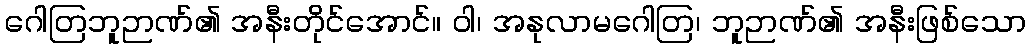
ဂေါတြဘူဉာဏ်၏ အနီးတိုင်အောင်။ ဝါ၊ အနုလာမဂေါတြ၊ ဘူဉာဏ်၏ အနီးဖြစ်သော